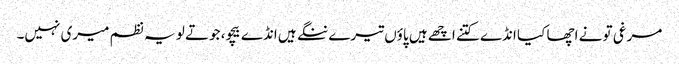
مرغی تو نے اچھا کیا انڈے کتنے اچھے ہیں پاؤں تیرے ننگے ہیں انڈے بیچو، جوتے لو یہ نظم میری نہیں۔